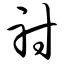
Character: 射